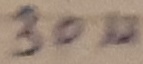
Text: 30µ